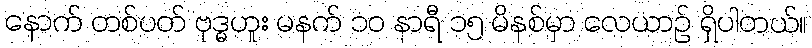
နောက် တစ်ပတ် ဗုဒ္ဓဟူး မနက် ၁၀ နာရီ ၁၅ မိနစ်မှာ လေယာဉ် ရှိပါတယ်။